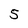
Character: 5